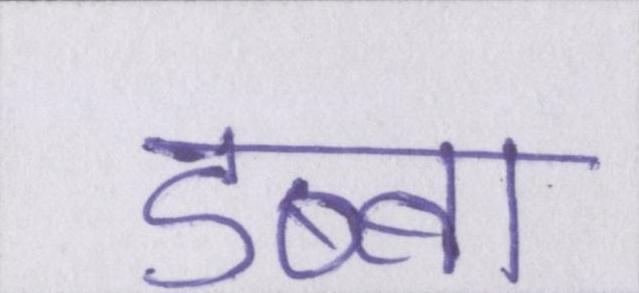
डब्बा